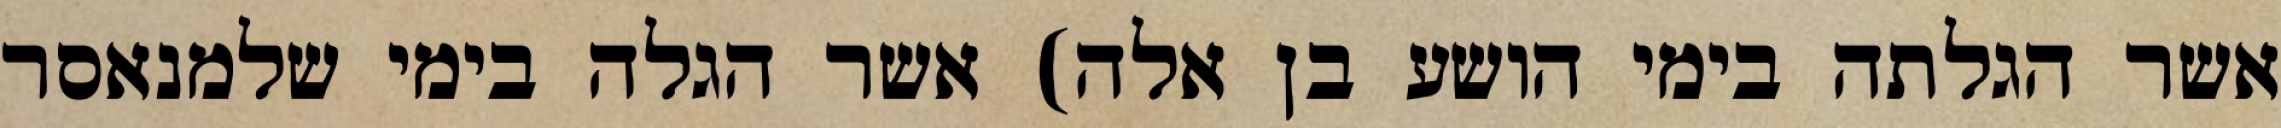
אשר הגלתה בימי הושע בן אלה) אשר הגלה בימי שלמנאסר